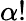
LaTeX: \alpha!